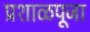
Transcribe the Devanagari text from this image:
प्रशाळपूजा